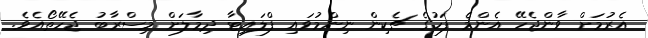
އެރުމަށް ވާންޖެހޭ އެންމެ ފަހުގެ ޗެކިން ނިންމުވައި ފްލައިޓާ ދިމާލަށް މިސްރާބު ޖެހޭތޯއެވެ.